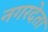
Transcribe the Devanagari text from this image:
नगरदेता